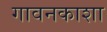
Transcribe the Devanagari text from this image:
गावनकाशा